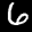
Label: 6